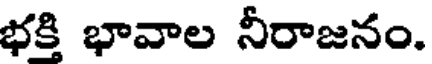
భక్తి భావాల నీరాజనం.